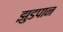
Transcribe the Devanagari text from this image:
झुडपान